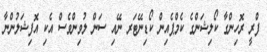
ފްރީ ރޮހިންގާ ކޯލިޝަންގެ ކެމްޕެއިން ކޯޑިނޭޓަރ ނޭއި ސަން ލުވިންވެސް އެކި އޮފިޝަލުންނާ